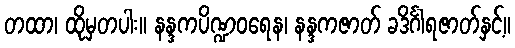
တထာ၊ ထိုမှတပါး။ နန္ဒကပိဏ္ဍဝရေန၊ နန္ဒကဇာတ် ခဒိင်္ဂါရဇာတ်နှင့်။